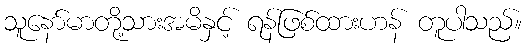
သူနော်မာတို့သားအမိနှင့် ရန်ဖြစ်ထားဟန် တူပါသည်။